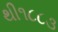
થી૧૮૮૩